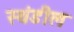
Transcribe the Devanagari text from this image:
स्थंडील